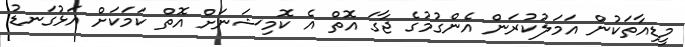
މީޑިއާތަކުން އަމަލުކުރަން އެންގުމުގެ ޖާގަ އޮތް އެ ކޮމިޝަނަށް އޮތް ކަމަކަށް އަޅުގަނޑު